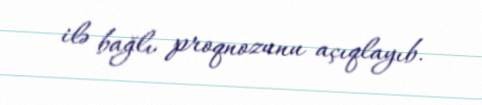
ilə bağlı proqnozunu açıqlayıb.